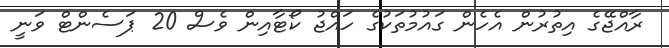
ރާއްޖޭގެ އިތުރުން އެހެން ގައުމުތަކުގެ ހައްޖު ކޯޓާއިން ވެސް 20 ޕަސެންޓް ވަނީ